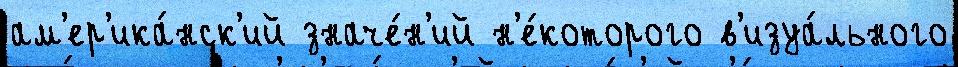
ам'ер'ика́нск'ий значе́н'ий н'е́которого в'изуа́льного